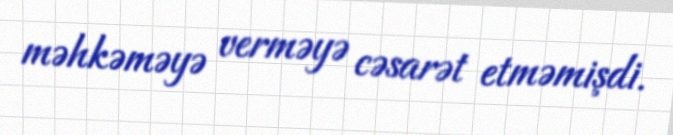
məhkəməyə verməyə cəsarət etməmişdi.